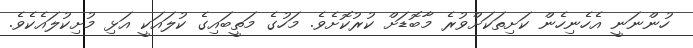
ހުންނަނީ އެހެނިހެން ކަށިތަކަށްވުރެ މާބޮޑަށް ކުރުކޮށެވެ. މަހުގެ މަތީބައިގެ ކުލައަކީ އަޅި މުށިކުލައެކެވެ.